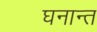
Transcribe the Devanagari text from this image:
घनान्त